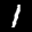
Label: 1